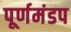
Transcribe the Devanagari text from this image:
पूर्णमंडप